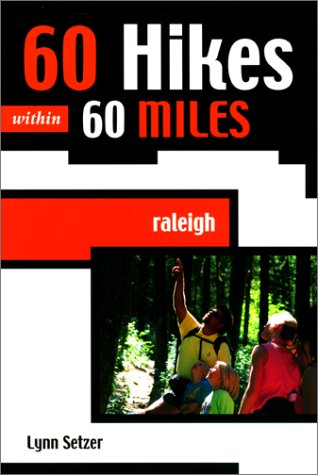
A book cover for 60 Hikes within 60 Miles: Raleigh; Lynn Setzer; Travel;